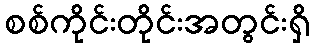
စစ်ကိုင်းတိုင်းအတွင်းရှိ